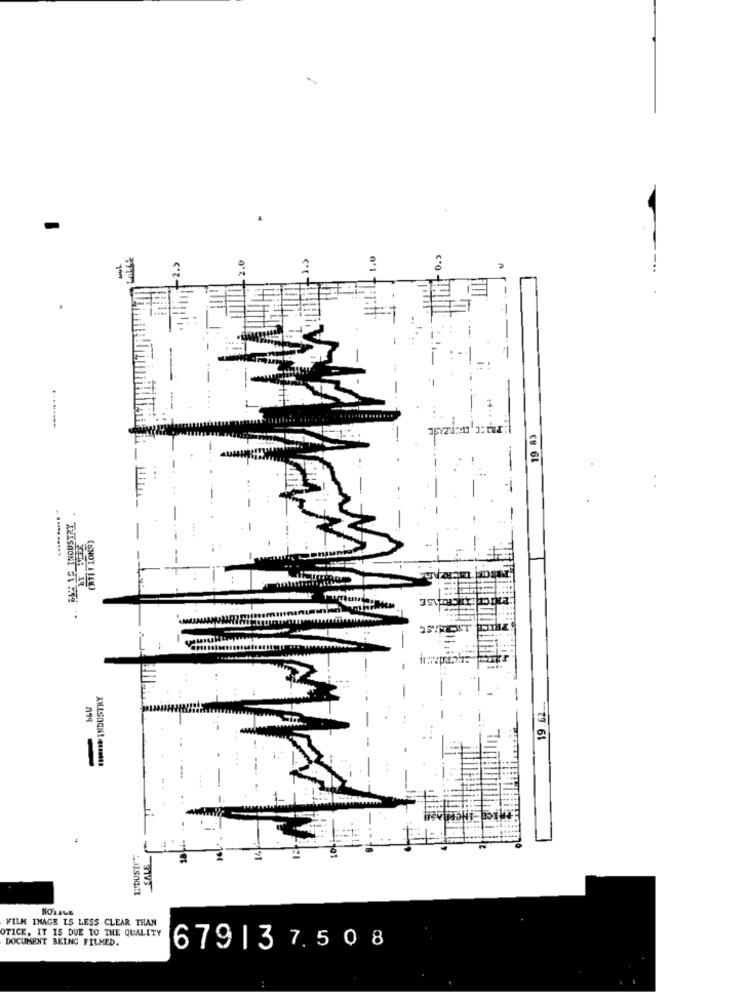
c*0
-
1
.....
........
19 83
(SNOT A LAW)
.*** INDUSTRY
-79 61
-
SALE
ROYALE
FILM IMAGE IS LESS CLEAR THAN
OTICE, IT IS DUE TO THE QUALITY
DOCUMENT BEING FILMED.
679| 37.508